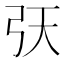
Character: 𢎾